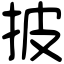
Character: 披